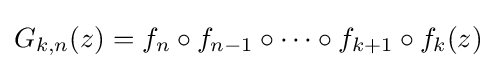
G_{k,n}(z)=f_{n}\circ f_{n-1}\circ \dots \circ f_{k+1}\circ f_{k}(z)